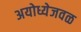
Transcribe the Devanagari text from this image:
अयोध्येजवळ